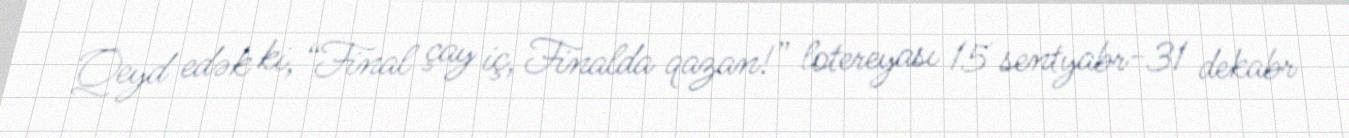
Qeyd edək ki, “Final çay iç, Finalda qazan!” lotereyası 15 sentyabr-31 dekabr